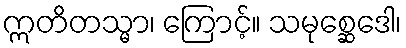
ဣတိတသ္မာ၊ ကြောင့်။ သမုစ္ဆေဒေါ၊